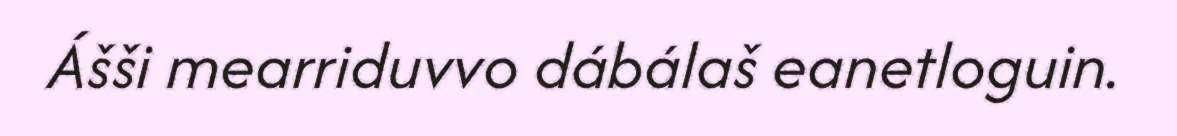
Ášši mearriduvvo dábálaš eanetloguin.